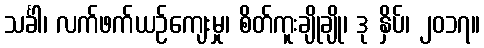
သင်္ခါ၊ လက်ဖက်ယဉ်ကျေးမှု၊ စိတ်ကူးချိုချို၊ ဒု နှိပ်၊ ၂၀၁၇။